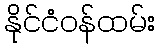
နိုင်ငံဝန်ထမ်း